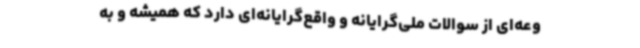
وعه‌ای از سوالات ملی‌گرایانه و واقع‌گرایانه‌ای دارد که همیشه و به